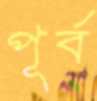
পূর্ব